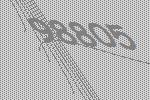
98805